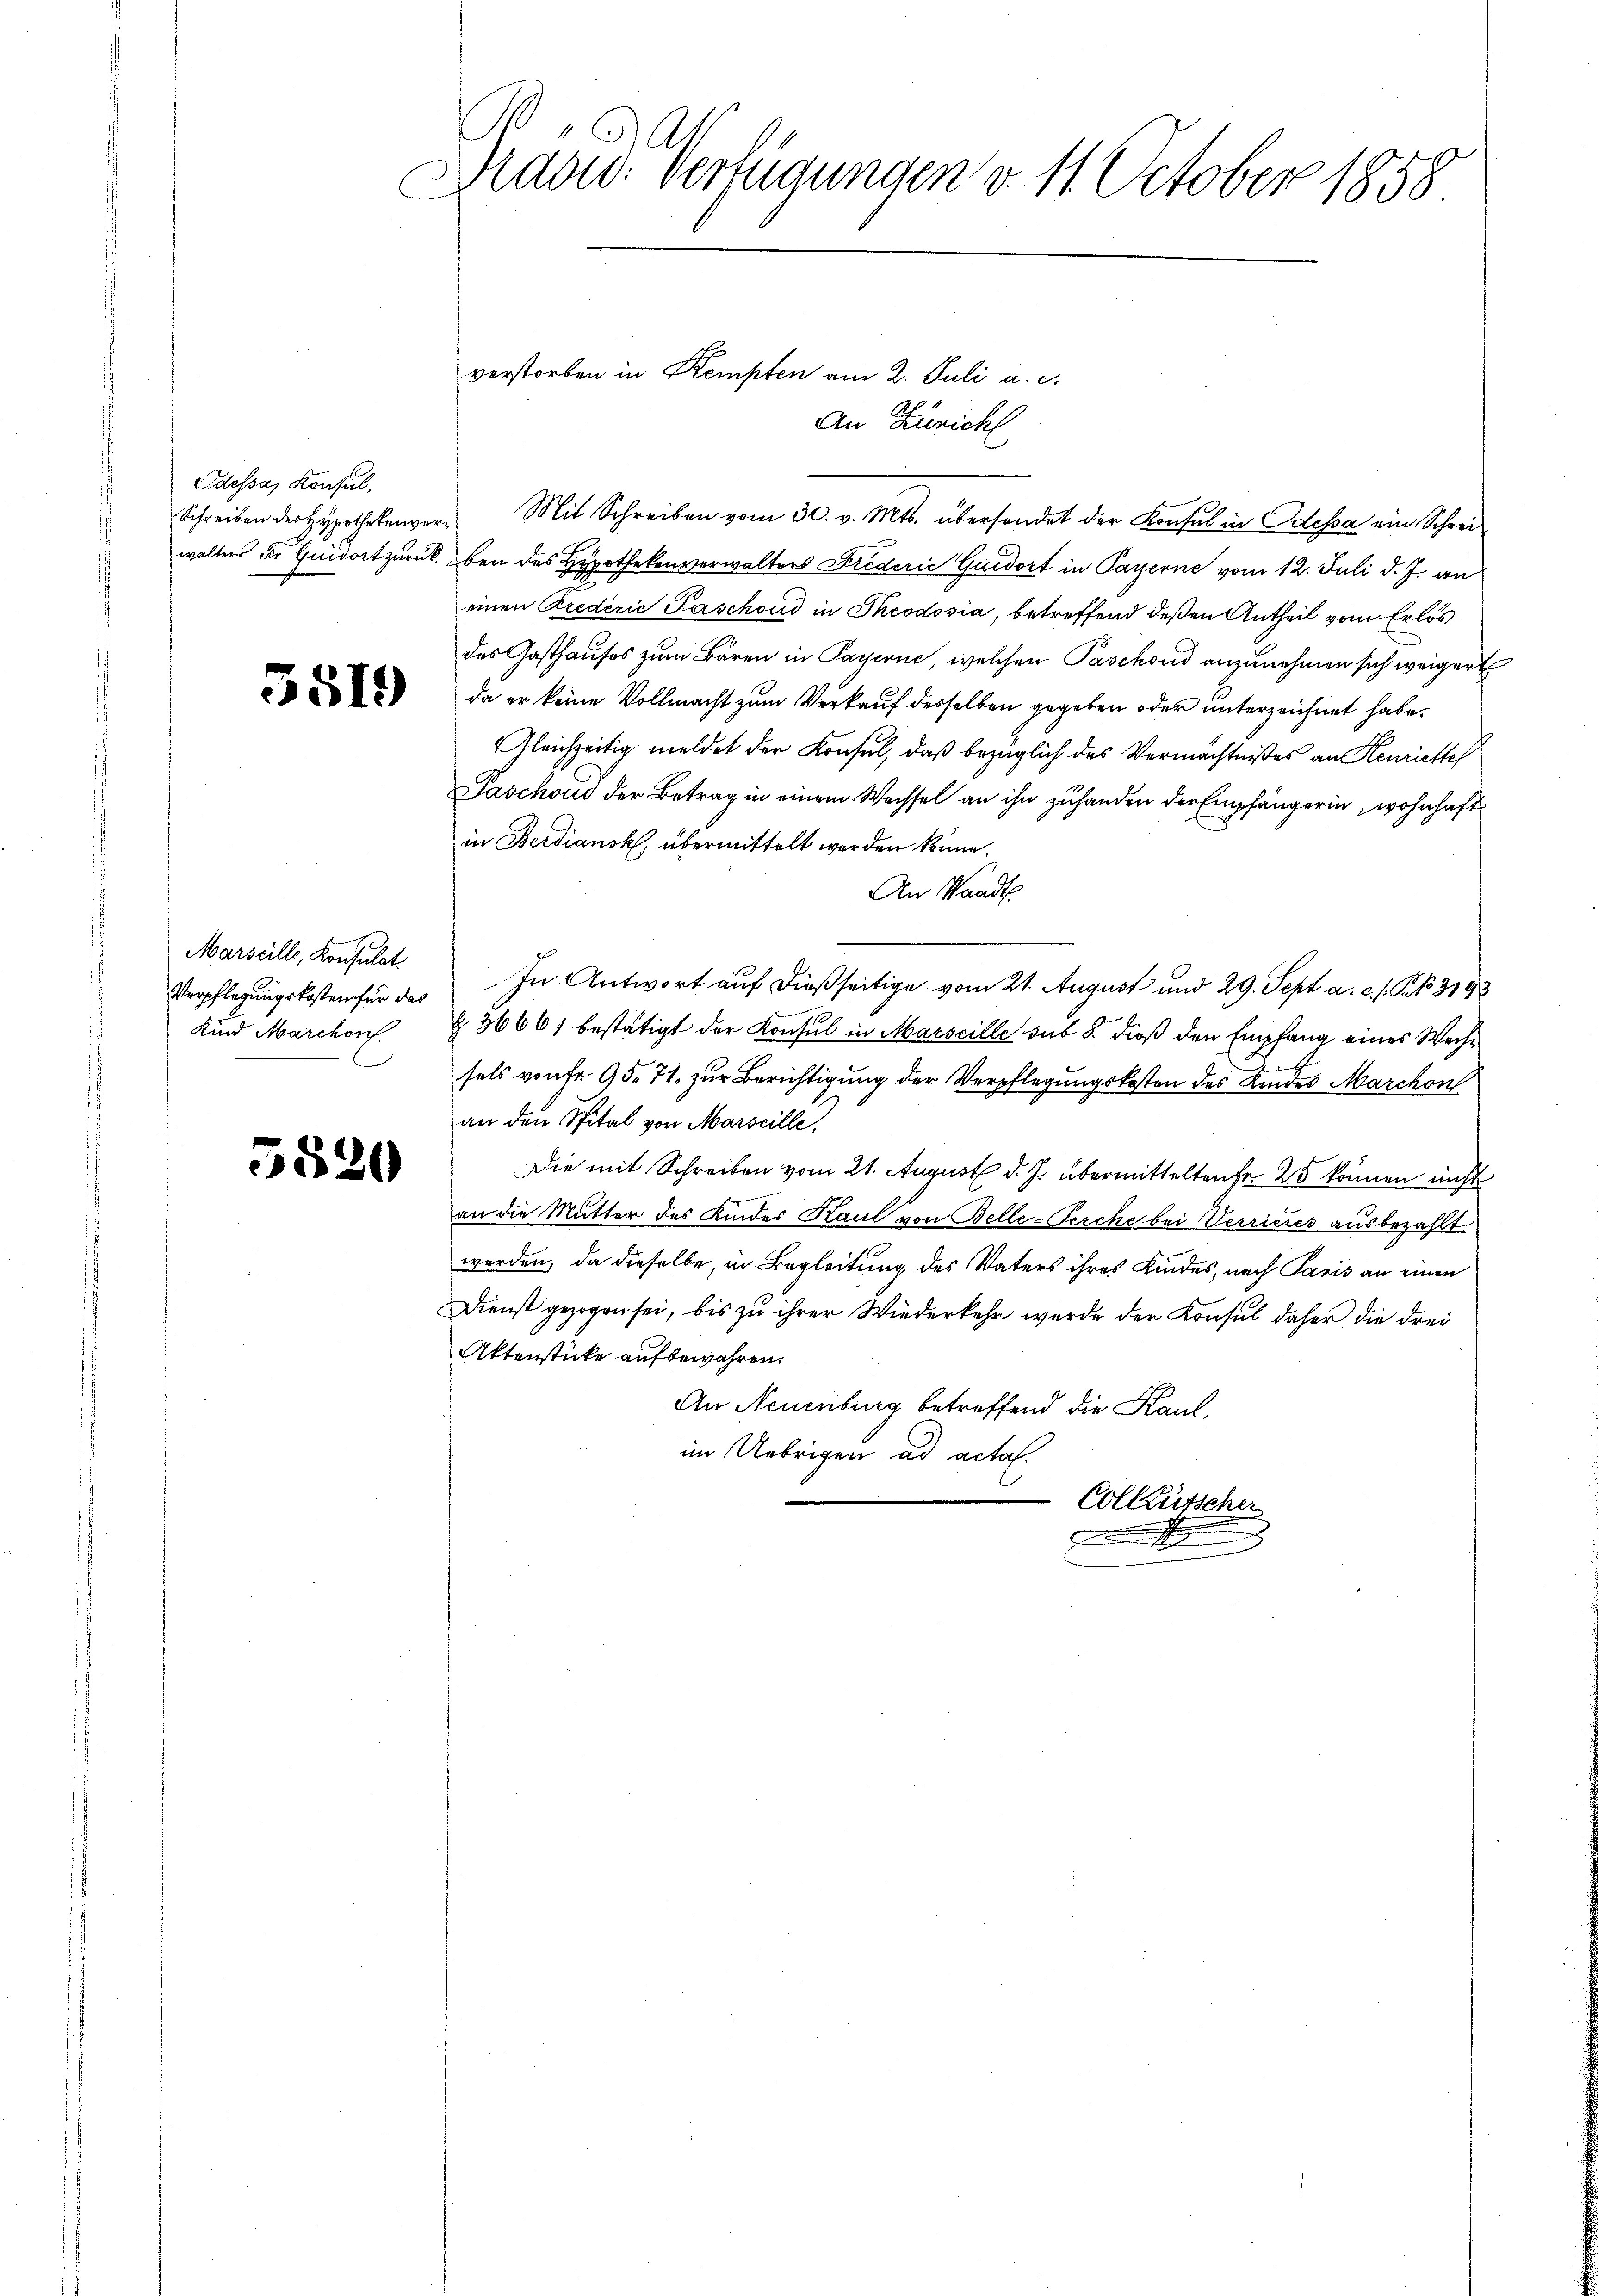
Eidessa, Konsul,
Schreiben der Hypotheken

55.

5519

Marseille, Konsulat.
Verpflegungskosten für das
Kind Marchon.

20

1
Mad: Verfügungen v. 11. October 1858

An Züricht
wer Mit Schreiben vom 30. v. Mts. übersendet der Konsul in Odessa ein Schreiwalters Dr. Guidort zurück. oben des Hypothekenverwalters Frederić Guidort in Payerne vom 12. Juli d. J. an
einen Predérić Paschond in Theodosia, betreffend deßen Antheil vom Erlös
des Gasthauses zum Bären in Payerne, welchen Paschond anzunehmen sich weiger
da er keine Vollmacht zum Verkauf desselben gegeben oder unterzeichnet habe.
Gleichzeitig meldet der Konsul, daß bezüglich des Vermächtnißes an Henriette
Paschoud der Betrag in einem Wachsel an ihn zuhanden der Empfängerin, wohnhaft
in Berdjansk, übermittelt werden könne.
An Waadt.
In Antwort auf dießseitige vom 21. August und 29. Sept. a. c. s. S. 3193
§ 36661 bestätigt der Konsul in Marseille sub 8. dieß den Empfang eines Weihe
sels von Fr. 95. 71. zur Berichtigung der Verpflegungskosten des Kindes Marchon
an den Spital von Marscille.
Die mit Schreiben vom 21. August d. J. übermittelten Fr. 25 können nicht
an die Mutter des Kindes Kaul von Belle-Perche bei Verrieres ausbezahlt
werden, da dieselbe, in Begleitung des Vaters ihres Kindes, nach Paris an einen
Dienst gezogen sei, bis zu ihrer Wiederkehr wurde der Konsul daher die drei
Aktenstücke aufbewahren.
An Neuenburg betreffend die Kaul,
im Uebrigen ad acta.
Colktütscher
.

verstorben in Kempten am 2. Juli a. c.